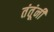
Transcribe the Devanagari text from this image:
तंतूंनी